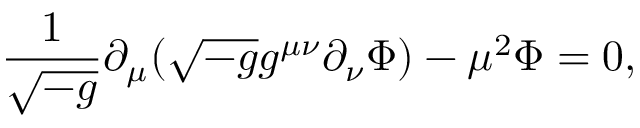
\frac { 1 } { \sqrt { - g } } \partial _ { \mu } ( \sqrt { - g } g ^ { \mu \nu } \partial _ { \nu } \Phi ) - \mu ^ { 2 } \Phi = 0 ,